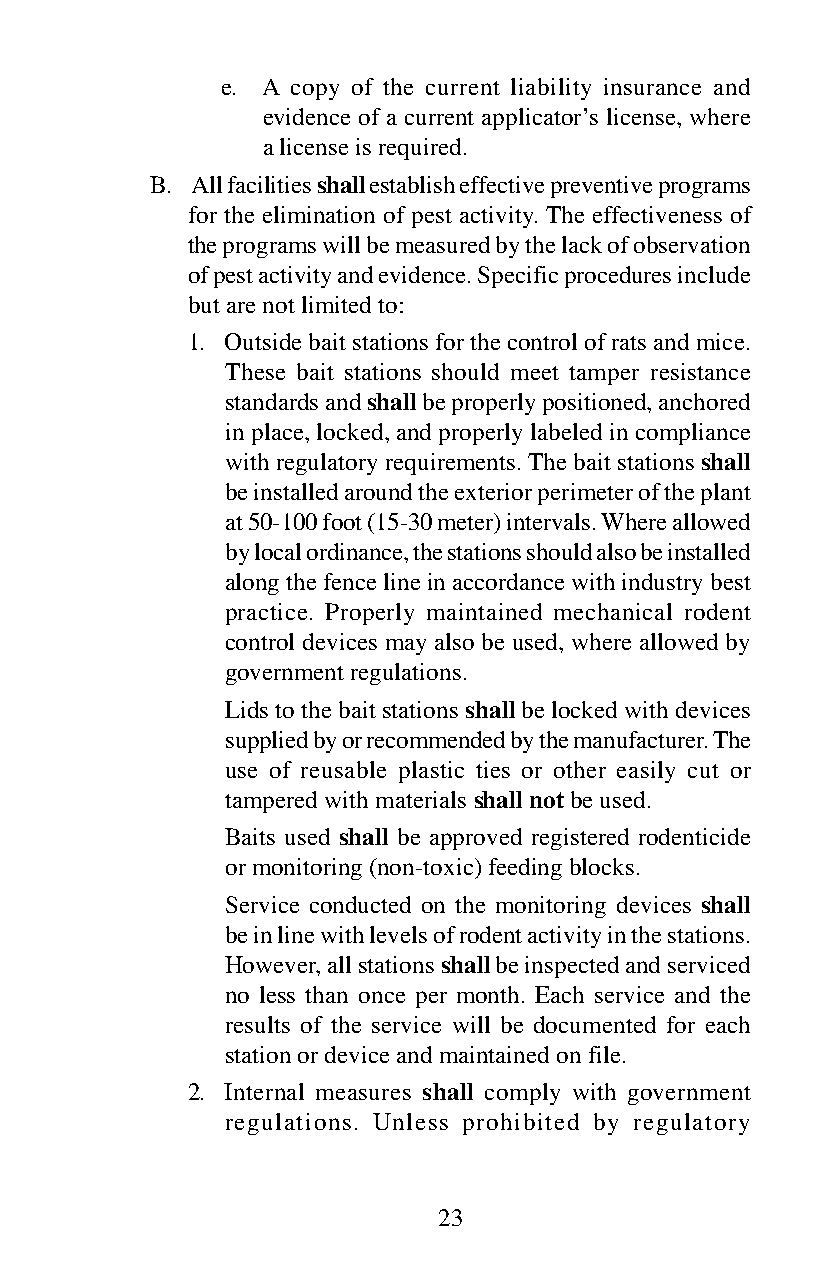
e. A copy of the current liability insurance and
 evidence of a current applicator’s license, where
 a license is required.
 B. All facilities shall establish effective preventive programs
 for the elimination of pest activity. The effectiveness of
 the programs will be measured by the lack of observation
 of pest activity and evidence. Specific procedures include
 but are not limited to:
 1. Outside bait stations for the control of rats and mice.
 These bait stations should meet tamper resistance
 standards and shall be properly positioned, anchored
 in place, locked, and properly labeled in compliance
 with regulatory requirements. The bait stations shall
 be installed around the exterior perimeter of the plant
 at 50-100 foot (15-30 meter) intervals. Where allowed
 by local ordinance, the stations should also be installed
 along the fence line in accordance with industry best
 practice. Properly maintained mechanical rodent
 control devices may also be used, where allowed by
 government regulations.
 Lids to the bait stations shall be locked with devices
 supplied by or recommended by the manufacturer. The
 use of reusable plastic ties or other easily cut or
 tampered with materials shall not be used.
 Baits used shall be approved registered rodenticide
 or monitoring (non-toxic) feeding blocks.
 Service conducted on the monitoring devices shall
 be in line with levels of rodent activity in the stations.
 However, all stations shall be inspected and serviced
 no less than once per month. Each service and the
 results of the service will be documented for each
 station or device and maintained on file.
 2. Internal measures shall comply with government
 regulations. Unless prohibited by regulatory
 23